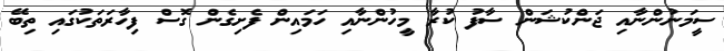
ސީމަނުންނާއި ޖަންކުޝަން ސާފު ކުރާ މީހުންނާއި ހަމައިން ފެށިގެން ގޮސް ފިހާރަތަކުގައި ތިބޭ